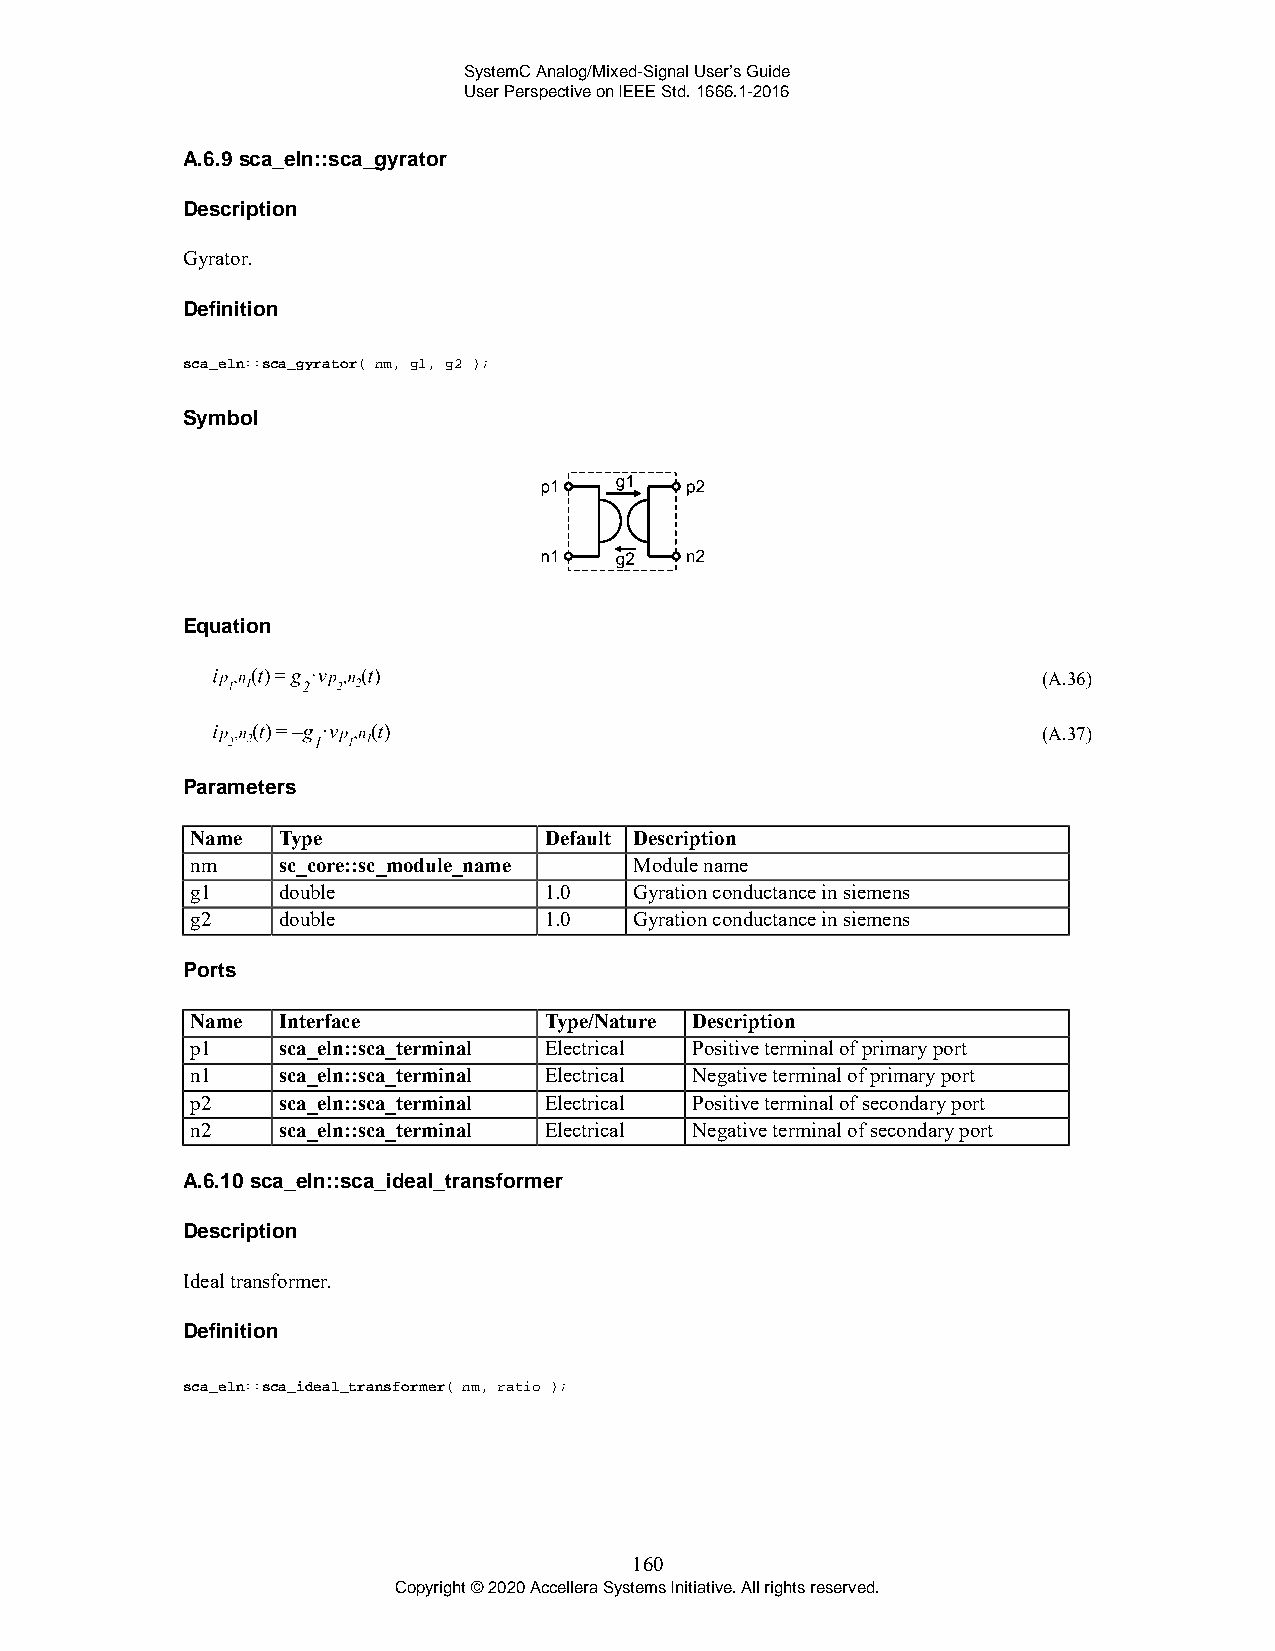
SystemC Analog/Mixed-Signal User’s Guide
 User Perspective on IEEE Std. 1666.1-2016
 A.6.9 sca_eln::sca_gyrator
 Description
 Gyrator.
 Definition
 sca_eln::sca_gyrator( nm, g1, g2 );
 Symbol
 Equation
 (A.36)
 (A.37)
 Parameters
 Name Type              Default Description
 nm   sc_core::sc_module_name Module name
 g1   double            1.0   Gyration conductance in siemens
 g2   double            1.0   Gyration conductance in siemens
 Ports
 Name Interface         Type/Nature Description
 p1   sca_eln::sca_terminal Electrical Positive terminal of primary port
 n1   sca_eln::sca_terminal Electrical Negative terminal of primary port
 p2   sca_eln::sca_terminal Electrical Positive terminal of secondary port
 n2   sca_eln::sca_terminal Electrical Negative terminal of secondary port
 A.6.10 sca_eln::sca_ideal_transformer
 Description
 Ideal transformer.
 Definition
 sca_eln::sca_ideal_transformer( nm, ratio );
 160
 Copyright © 2020 Accellera Systems Initiative. All rights reserved.